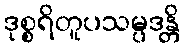
ဒုစ္စရိတူပသမ္ပဒန္တိ